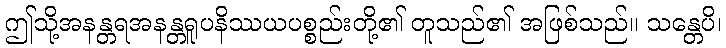
ဤသို့အနန္တရအနန္တရူပနိဿယပစ္စည်းတို့၏ တူသည်၏ အဖြစ်သည်။ သန္တေပိ၊